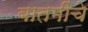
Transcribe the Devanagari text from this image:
बातमींचे